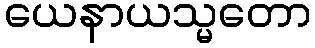
ယေနာယသ္မတော